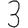
Digit: 3